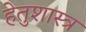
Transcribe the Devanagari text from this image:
हेतुशास्त्र